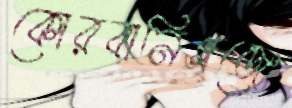
কোরবানিগঞ্জে